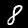
Label: 8